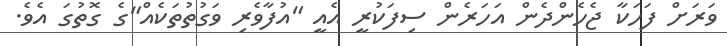
ވަރަށް ފަހަކާ ޖެހެންދެން އަހަރެން ސިފަކުރީ އެއީ "އުފާވެރި ވަގުތުތަކެއް"ގެ ގޮތުގަ އެވެ.